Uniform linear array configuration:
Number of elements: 4
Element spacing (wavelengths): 0.75
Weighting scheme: uniform
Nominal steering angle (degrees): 30
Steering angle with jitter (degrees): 28.324
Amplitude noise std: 0.05
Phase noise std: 0.05

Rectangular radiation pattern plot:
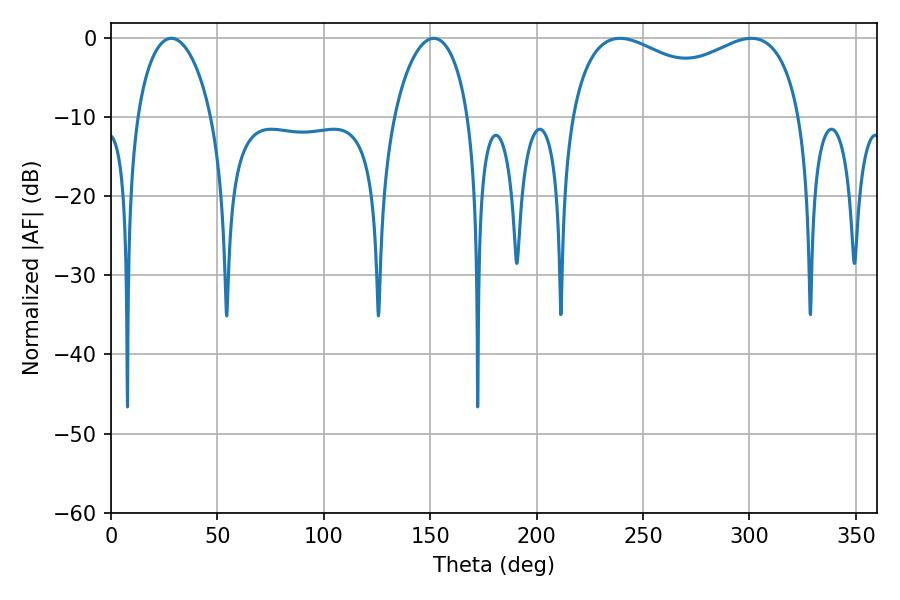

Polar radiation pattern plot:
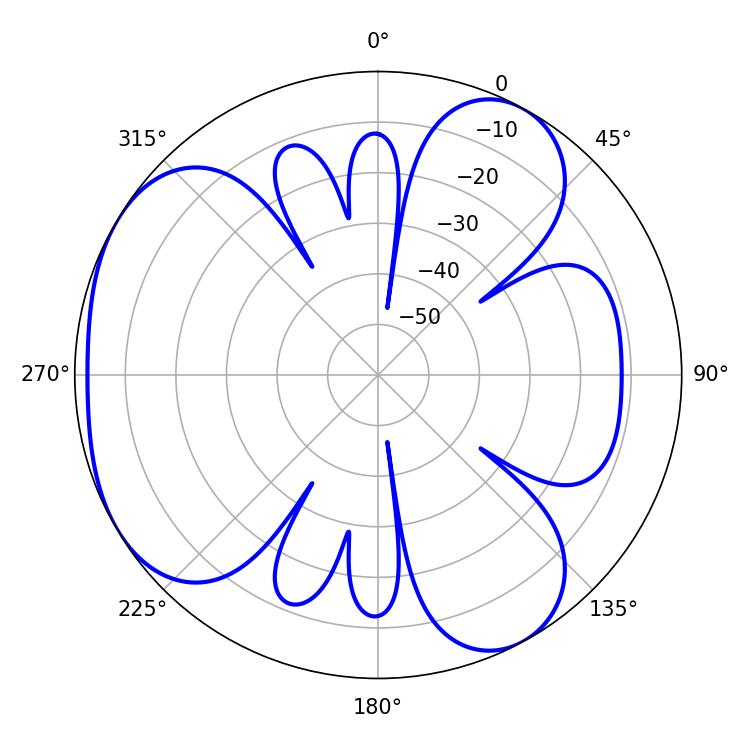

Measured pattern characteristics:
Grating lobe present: TRUE
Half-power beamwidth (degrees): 90
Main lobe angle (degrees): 239.22